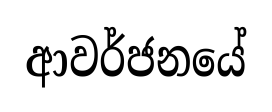
ආවර්ජනයේ